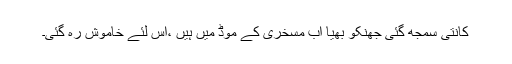
کانتی سمجھ گئی جھنکو بھیا اب مسخری کے موڈ میں ہیں ،اس لئے خاموش رہ گئی۔